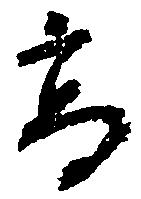
高